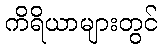
ကိရိယာများတွင်